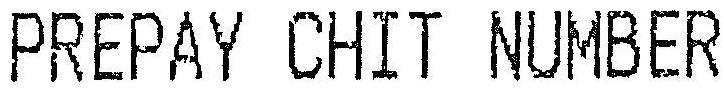
PREPAY CHIT NUMBER